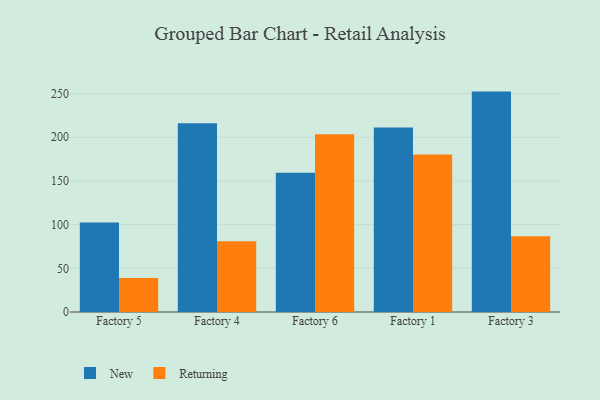
{"axis": {"x": "Factory", "y": "Bounce Rate (%)"}, "legend": ["New", "Returning"], "data": [{"x": "Factory 5", "y": 102.5, "type": "New"}, {"x": "Factory 5", "y": 38.9, "type": "Returning"}, {"x": "Factory 4", "y": 216.2, "type": "New"}, {"x": "Factory 4", "y": 81.1, "type": "Returning"}, {"x": "Factory 6", "y": 159.5, "type": "New"}, {"x": "Factory 6", "y": 203.4, "type": "Returning"}, {"x": "Factory 1", "y": 211.3, "type": "New"}, {"x": "Factory 1", "y": 180.3, "type": "Returning"}, {"x": "Factory 3", "y": 252.3, "type": "New"}, {"x": "Factory 3", "y": 86.8, "type": "Returning"}]}